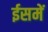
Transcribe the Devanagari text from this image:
ईसमें